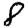
Digit: 8